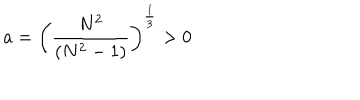
LaTeX: a = \left( \frac { N ^ { 2 } } { ( N ^ { 2 } - 1 ) } \right) ^ { \frac { 1 } { 3 } } > 0